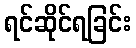
ရင်ဆိုင်ရခြင်း